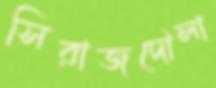
সিরাজদৌলা